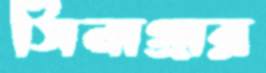
সিনাগ্রার